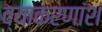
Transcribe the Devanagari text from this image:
व्याकरणांश